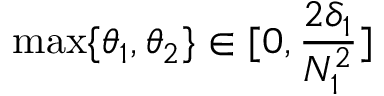
\operatorname* { m a x } \{ \theta _ { 1 } , \theta _ { 2 } \} \in [ 0 , \frac { 2 \delta _ { 1 } } { N _ { 1 } ^ { 2 } } ]